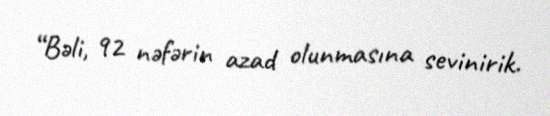
“Bəli, 92 nəfərin azad olunmasına sevinirik.